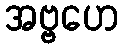
အဗ္ဗဟေ